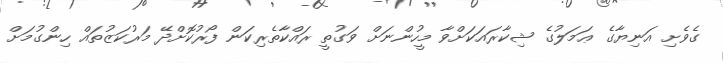
ގެވެށި އަނިޔާގެ ޢަމަލުގެ ޝިކާރައަކަށްވާ މީހުންނަށް ވަގުތީ ރައްކާތެރިކަން ފޯރުކޮށްދޭ މަރުކަޒުތައް ހިންގުމަށް